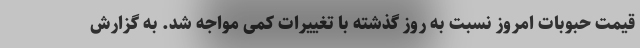
قیمت حبوبات امروز نسبت به روز گذشته با تغییرات کمی مواجه شد. به گزارش